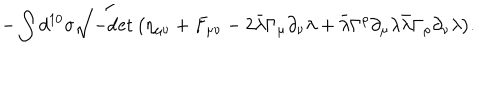
- \int d ^ { 1 0 } \sigma \sqrt { - \mathrm { d e t } \, \big ( \eta _ { \mu \nu } + F _ { \mu \nu } - 2 \bar { \lambda } \Gamma _ { \mu } \partial _ { \nu } \lambda + \bar { \lambda } \Gamma ^ { \rho } \partial _ { \mu } \lambda \bar { \lambda } \Gamma _ { \rho } \partial _ { \nu } \lambda \big ) } .